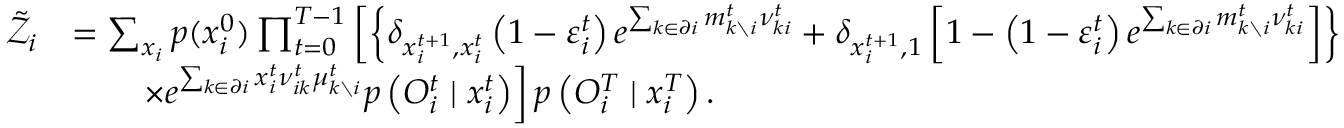
\begin{array} { r l } { \tilde { \mathcal { Z } } _ { i } } & { = \sum _ { \boldsymbol { x } _ { i } } p ( x _ { i } ^ { 0 } ) \prod _ { t = 0 } ^ { T - 1 } \left[ \left\{ \delta _ { x _ { i } ^ { t + 1 } , x _ { i } ^ { t } } \left( 1 - \varepsilon _ { i } ^ { t } \right) e ^ { \sum _ { k \in \partial i } m _ { k \setminus i } ^ { t } \nu _ { k i } ^ { t } } + \delta _ { x _ { i } ^ { t + 1 } , 1 } \left[ 1 - \left( 1 - \varepsilon _ { i } ^ { t } \right) e ^ { \sum _ { k \in \partial i } m _ { k \setminus i } ^ { t } \nu _ { k i } ^ { t } } \right] \right\} \right. } \\ & { \qquad \left. \times e ^ { \sum _ { k \in \partial i } x _ { i } ^ { t } \nu _ { i k } ^ { t } \mu _ { k \setminus i } ^ { t } } p \left( O _ { i } ^ { t } \mid x _ { i } ^ { t } \right) \right] p \left( { O } _ { i } ^ { T } \mid x _ { i } ^ { T } \right) . } \end{array}